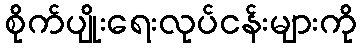
စိုက်ပျိုးရေးလုပ်ငန်းများကို